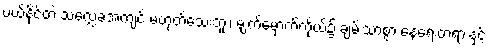
ပယ်နိုင်တဲ့ သလ္လေခအကျင့် မဟုတ်သေးဘူး၊ မျက်မှောက်ကိုယ်၌ ချမ်းသာစွာ နေရေးတရားနှင့်